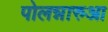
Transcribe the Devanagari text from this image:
पोलन्नारुआ